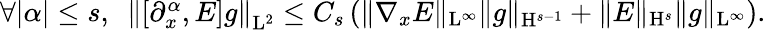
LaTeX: \begin{array}{r}{\forall\vert\alpha\vert\leq s,\ \ \left\Vert[\partial_{x}^{\alpha},E]g\right\Vert_{\mathrm{L}^{2}}\leq C_{s}\left(\Vert\nabla_{x}E\Vert_{\mathrm{L}^{\infty}}\Vert g\Vert_{\mathrm{H}^{s-1}}+\Vert E\Vert_{\mathrm{H}^{s}}\Vert g\Vert_{\mathrm{L}^{\infty}}\right).}\end{array}